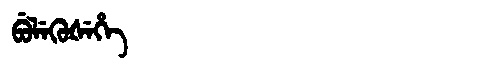
Manchu: ᠪᡠᠯᡝᡴᡠᡧᡝᡥᡝ
Romanization: BULEKUŠEHE